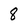
Character: 8